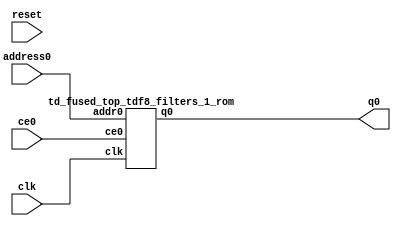
`define EXPONENT 5
`define MANTISSA 10
`define ACTUAL_MANTISSA 11
`define EXPONENT_LSB 10
`define EXPONENT_MSB 14
`define MANTISSA_LSB 0
`define MANTISSA_MSB 9
`define MANTISSA_MUL_SPLIT_LSB 3
`define MANTISSA_MUL_SPLIT_MSB 9
`define SIGN 1
`define SIGN_LOC 15
`define DWIDTH (`SIGN+`EXPONENT+`MANTISSA)
`define IEEE_COMPLIANCE 1

module td_fused_top_tdf8_filters_1(
    reset,
    clk,
    address0,
    ce0,
    q0);

parameter DataWidth = 32'd32;
parameter AddressRange = 32'd9216;
parameter AddressWidth = 32'd14;
input reset;
input clk;
input[AddressWidth - 1:0] address0;
input ce0;
output[DataWidth - 1:0] q0;



td_fused_top_tdf8_filters_1_rom td_fused_top_tdf8_filters_1_rom_U(
    .clk( clk ),
    .addr0( address0 ),
    .ce0( ce0 ),
    .q0( q0 )
);

endmodule
  module td_fused_top_tdf8_filters_1_rom (
addr0, ce0, q0, clk);

parameter DWIDTH = 32;
parameter AWIDTH = 14;
parameter MEM_SIZE = 9216;

input[AWIDTH-1:0] addr0;
input ce0;
output reg[DWIDTH-1:0] q0;
input clk;

 reg [DWIDTH-1:0] ram[MEM_SIZE-1:0];

//initial begin
//    $readmemh("./td_fused_top_tdf8_filters_1_rom.dat", ram);
//end



always @(posedge clk)  
begin 
    if (ce0) 
    begin
        q0 <= ram[addr0];
    end
end



endmodule